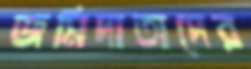
জমিদাতাদের